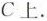
C上.